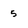
Character: 5